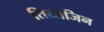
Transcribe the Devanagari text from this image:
तियाजिन